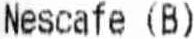
NESCAFE (B)